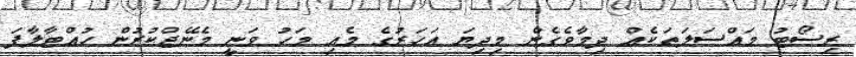
ރިސޯޓު މައްސަލަތަކެއް ދިމާވެގެން މިދިޔަ އަހަރުގެ މެއި މަހު ވަނީ މެނޭޖްކުރުން ހުއްޓާލާފަ